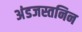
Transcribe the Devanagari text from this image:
अंडजस्तनिन